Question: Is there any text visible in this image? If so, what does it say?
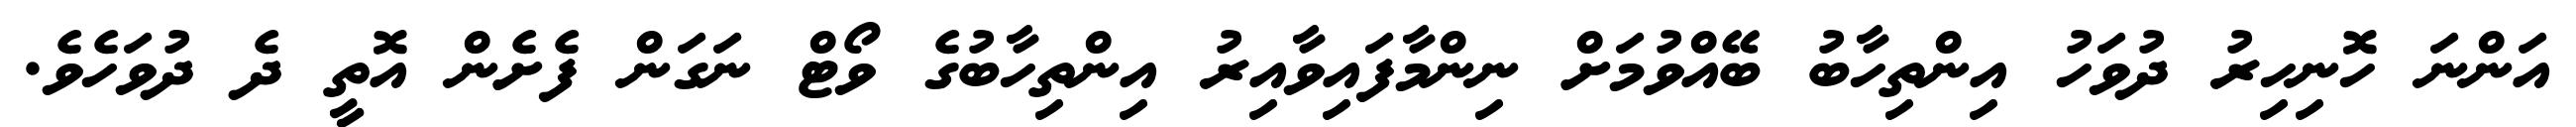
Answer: އަންނަ ހޮނިހިރު ދުވަހު އިންތިހާބު ބޭއްވުމަށް ނިންމާފައިވާއިރު އިންތިހާބުގެ ވޯޓް ނަގަން ފެށެން އޮތީ ދެ ދުވަހެވެ.